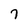
Character: 7